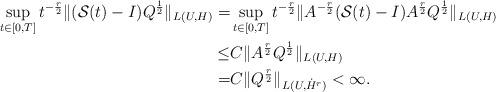
LaTeX: \begin{align*} \sup_{t\in [0,T]}t^{-\frac r2}\|(\mathcal S(t)-I)Q^{\frac 12}\|_{L_{}(U,H)} =& \sup_{t\in [0,T]}t^{-\frac r2}\|A^{-\frac r2}(\mathcal S(t)-I)A^{\frac r2}Q^{\frac 12}\|_{L_{}(U,H)} \\ \leq & C \|A^{\frac r2}Q^{\frac 12}\|_{L_{}(U,H)} \\ = & C \|Q^{\frac r2}\|_{L_{}(U,\dot H^r)}<\infty.\end{align*}